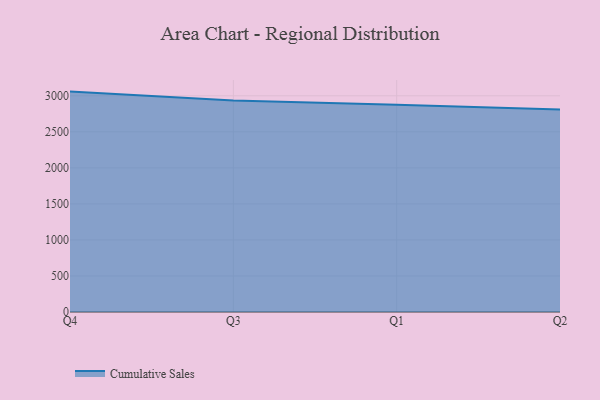
{"axis": {"x": "Quarter", "y": "Shipments"}, "legend": ["Cumulative Sales"], "data": [{"x": "Q4", "y": 3058.2, "type": "Cumulative Sales"}, {"x": "Q3", "y": 2934.7, "type": "Cumulative Sales"}, {"x": "Q1", "y": 2877.0, "type": "Cumulative Sales"}, {"x": "Q2", "y": 2810.5, "type": "Cumulative Sales"}]}